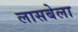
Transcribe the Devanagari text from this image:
लासबेला